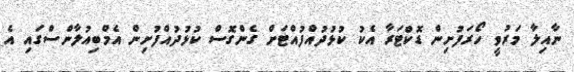
ނާއިލާ މަރުވީ ހޯރަފުށިން ޑޮކްޓަރާ އެކު ކުޅުދުއްފުއްޓަށް ގެންގޮސް ކުޅުދުއްފުށިން އެމްބިއުލާންސްގައި އެ